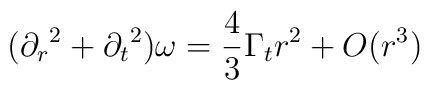
({\partial_r}^2 + {\partial_t}^2)\omega = \frac {4}{3} \Gamma_t r^2 +O(r^3)